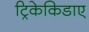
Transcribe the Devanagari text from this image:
ट्रिकेकिडाए